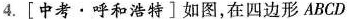
4.[中考·呼和浩特]如图，在四边形ABCD